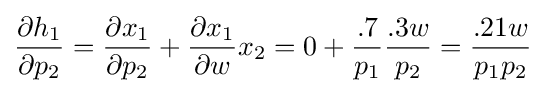
{\frac {\partial h_{1}}{\partial p_{2}}}={\frac {\partial x_{1}}{\partial p_{2}}}+{\frac {\partial x_{1}}{\partial w}}x_{2}=0+{\frac {.7}{p_{1}}}{\frac {.3w}{p_{2}}}={\frac {.21w}{p_{1}p_{2}}}